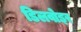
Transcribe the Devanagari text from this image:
डिलवोइर